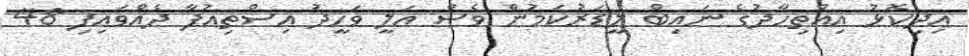
އިދިކޮޅު އިއްތިހާދުގެ ނައިބް ލީޑަރުކަމުން ވެސް އަލީ ވަހީދު އިސްތިއުފާ ދެއްވައިފި 48